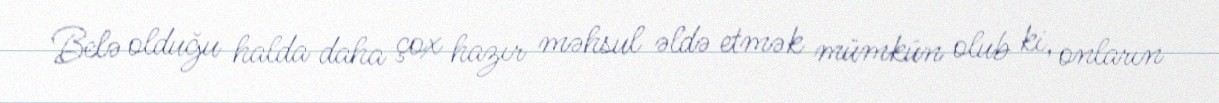
Belə olduğu halda daha çox hazır məhsul əldə etmək mümkün olub ki, onların